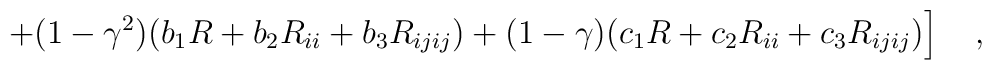
\left.+(1-\gamma^2)(b_1R+b_2 R_{ii}+b_3 R_{ijij})+(1-\gamma)(c_1R+c_2 R_{ii}+c_3 R_{ijij})\right]~~~,